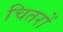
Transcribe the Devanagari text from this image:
चितरों